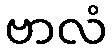
ဗာလံ